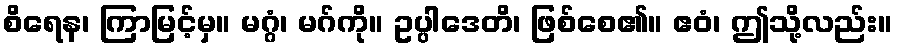
စိရေန၊ ကြာမြင့်မှ။ မဂ္ဂံ၊ မဂ်ကို။ ဥပ္ပါဒေတိ၊ ဖြစ်စေ၏။ ဧဝံ၊ ဤသို့လည်း။